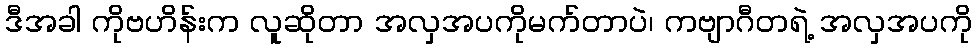
ဒီအခါ ကိုဗဟိန်းက လူဆိုတာ အလှအပကိုမက်တာပဲ၊ ကဗျာဂီတရဲ့ အလှအပကို